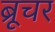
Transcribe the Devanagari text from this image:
ब्रूचर